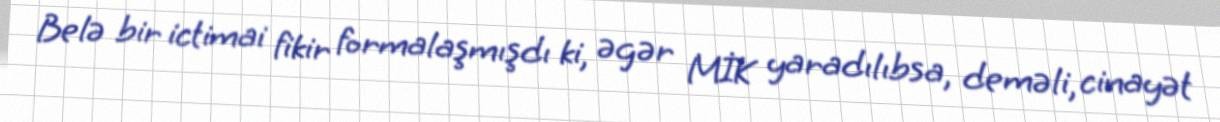
Belə bir ictimai fikir formalaşmışdı ki, əgər MİK yaradılıbsa, deməli, cinayət